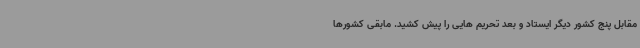
مقابل پنج کشور دیگر ایستاد و بعد تحریم هایی را پیش کشید. مابقی کشورها